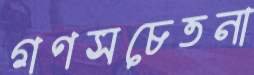
গণসচেতনা